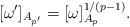
LaTeX: \begin{align*}[ \omega' ]_{A_{p'}} = [ \omega ]^{1/(p-1)}_{A_p}.\end{align*}